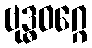
ဗုဒ္ဓဝဂ္ဂေ